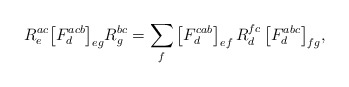
\begin{align*}R^{ac}_e \big[ F^{acb}_d \big]_{eg} R^{bc}_g = \sum_f \big[ F^{cab}_d \big]_{ef} \, R^{fc}_d \, \big[ F^{abc}_d \big]_{fg},\end{align*}